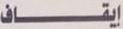
إيقاف